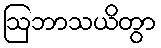
ဩဘာသယိတွာ